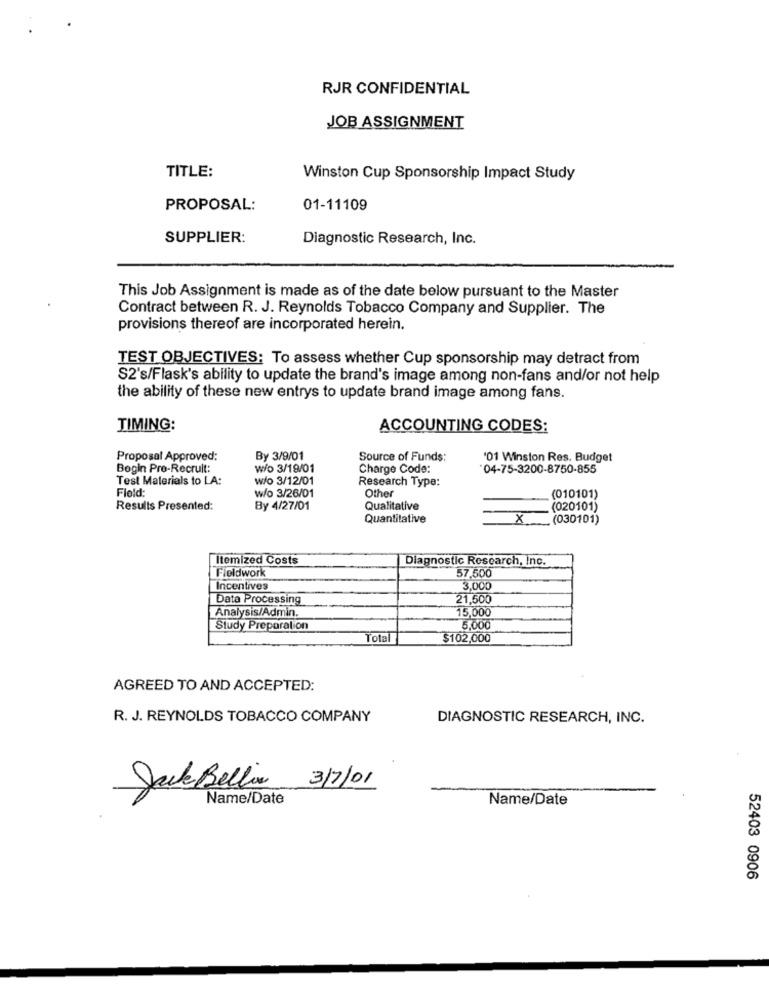
RJR CONFIDENTIAL
JOB ASSIGNMENT
TITLE:
Winston Cup Sponsorship Impact Study
PROPOSAL:
01-11109
SUPPLIER:
Diagnostic Research, Inc.
This Job Assignment is made as of the date below pursuant to the Master
Contract between R. J. Reynolds Tobacco Company and Supplier. The
provisions thereof are incorporated herein.
TEST OBJECTIVES: To assess whether Cup sponsorship may detract from
S2's/Flask's ability to update the brand's image among non-fans and/or not help
the ability of these new entrys to update brand image among fans.
TIMING:
ACCOUNTING CODES:
Proposal Approved:
By 3/9/01
Source of Funds:
'01 Winston Res. Budget
Begin Pro-Recruit:
wo 3/19/01
Charge Code:
04-75-3200-8750-855
Test Materials to LA:
w/o 3/12/01
Research Type:
Field:
Other
w/o 3/26/01
(010101)
Results Presented:
By 4/27/01
Qualitative
(020101)
Quantitative
x
(030101)
Itemized Costs
Diagnostic Research, Inc.
57.500
Fieldwork
Incentives
3,000
Data Processing
21,500
15,000
Analysis/Admin.
Study Preparation
5,000
Total
$102,000
AGREED TO AND ACCEPTED:
R. J. REYNOLDS TOBACCO COMPANY
DIAGNOSTIC RESEARCH, INC.
JackBellin 3/7/01
Name/Date
Name/Date
52403 0906